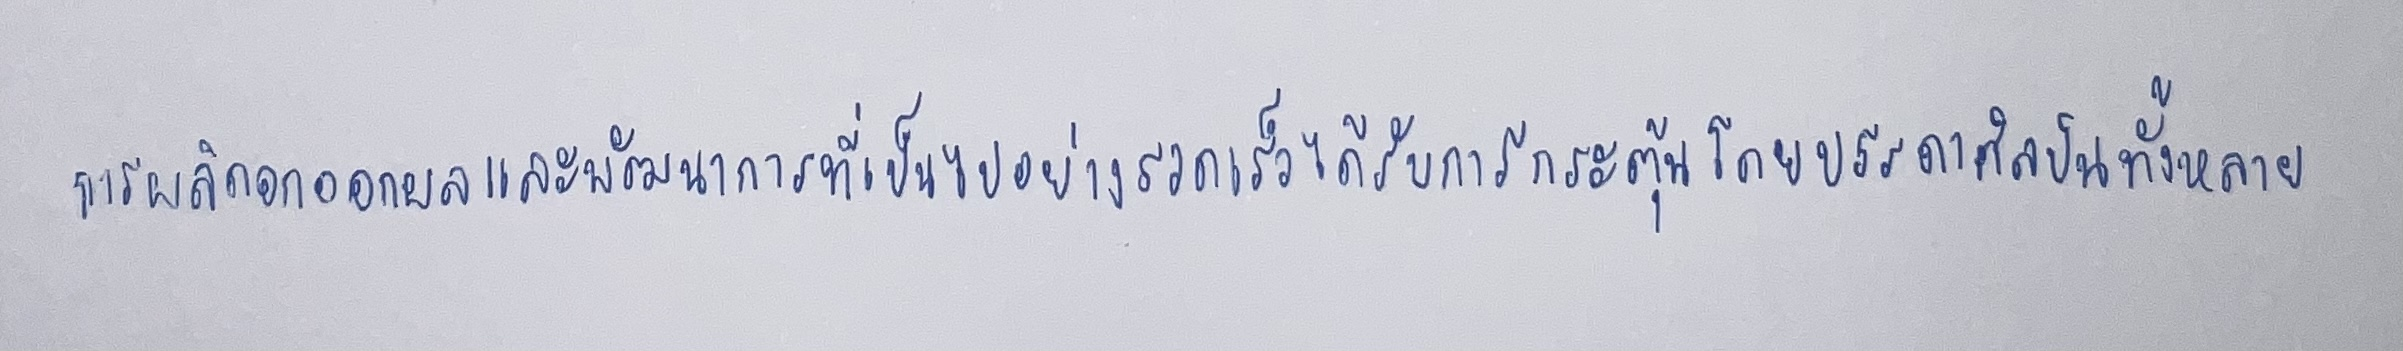
การผลิดอกออกผลและพัฒนาการที่เป็นไปอย่างรวดเร็วได้รับการกระตุ้นโดยบรรดาศิลปินทั้งหลาย